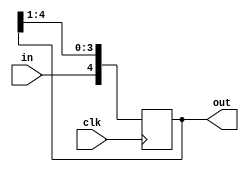
module nShift(in, clk, out);
    parameter n = 5;
    input in, clk;
    output [n-1:0] out;
    reg [n-1:0] out;
    integer i;
    always @ (posedge clk)
    begin
        for (i = 0; i<=n-1; i=i+1) begin
            out[i] = out[i+1];
            out[n-1] <= in;
        end
    end
endmodule